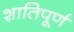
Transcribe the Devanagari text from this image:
शातिपूर्ण